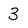
Character: 3